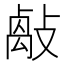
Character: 𢿝